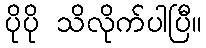
ပိုပို သိလိုက်ပါပြီ။